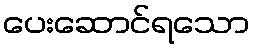
ပေးဆောင်ရသော